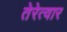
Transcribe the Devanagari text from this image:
तेरेत्वार